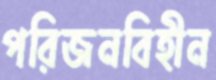
পরিজনবিহীন